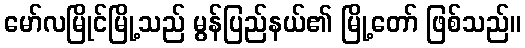
မော်လမြိုင်မြို့သည် မွန်ပြည်နယ်၏ မြို့တော် ဖြစ်သည်။